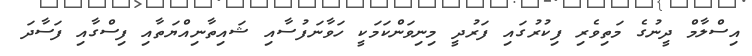
އިސްލާމް ދީނުގެ މަތިވެރި ފިކުރުގައި ފަރުދީ މިނިވަންކަމަކީ ހަވާނަފުސާއި ޝައިތާނިއްޔަތާއި ފިސްގާއި ފަސާދަ